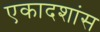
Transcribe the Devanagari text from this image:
एकादशांस